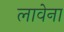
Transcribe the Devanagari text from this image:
लावेना